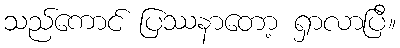
သည်ကောင် ပြဿနာတော့ ရှာလာပြီ။